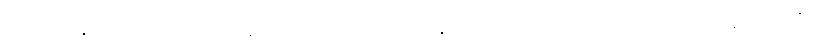
ရဲဘော် နှစ်ယောက်ဟာ အချစ်ခယောင်းလမ်းကို နှစ်ရှည် ဖြတ်သန်းခဲ့ကြရ တော့ အတိုးချပြီး